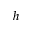
h